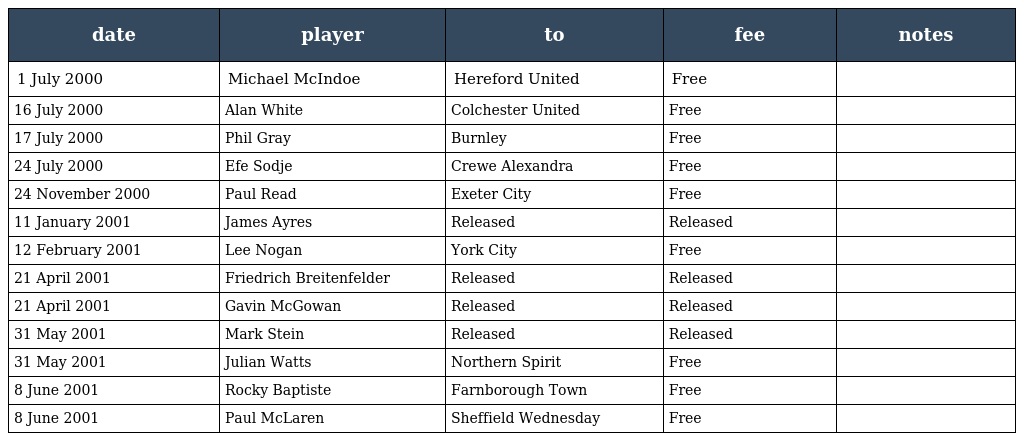
| date | player | to | fee | notes |
 | --- | --- | --- | --- | --- |
 | 1 July 2000 | Michael McIndoe | Hereford United | Free |  |
 | 16 July 2000 | Alan White | Colchester United | Free |  |
 | 17 July 2000 | Phil Gray | Burnley | Free |  |
 | 24 July 2000 | Efe Sodje | Crewe Alexandra | Free |  |
 | 24 November 2000 | Paul Read | Exeter City | Free |  |
 | 11 January 2001 | James Ayres | Released | Released |  |
 | 12 February 2001 | Lee Nogan | York City | Free |  |
 | 21 April 2001 | Friedrich Breitenfelder | Released | Released |  |
 | 21 April 2001 | Gavin McGowan | Released | Released |  |
 | 31 May 2001 | Mark Stein | Released | Released |  |
 | 31 May 2001 | Julian Watts | Northern Spirit | Free |  |
 | 8 June 2001 | Rocky Baptiste | Farnborough Town | Free |  |
 | 8 June 2001 | Paul McLaren | Sheffield Wednesday | Free |  |